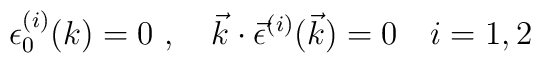
\epsilon _0^{(i)}(k) =0\  , \ \ \ \vec{k}\cdot\vec{\epsilon}^{(i)}(\vec{k}) =0 \ \ \  i=1,2